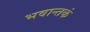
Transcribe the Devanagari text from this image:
भवान्तकं